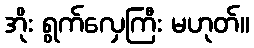
အိုး ရွက်လှေကြီး မဟုတ်။